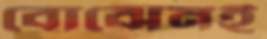
বোঝেনই